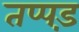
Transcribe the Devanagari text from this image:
तप्पड़